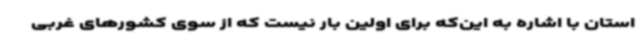
استان با اشاره به این‌که برای اولین بار نیست که از سوی کشورهای غربی